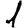
Digit: 1